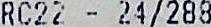
RC22 - 24/288